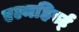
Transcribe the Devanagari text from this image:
एल्महिर्स्ट्